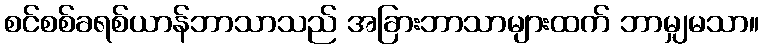
စင်စစ်ခရစ်ယာန်ဘာသာသည် အခြားဘာသာများထက် ဘာမျှမသာ။